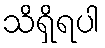
သိရှိရပါ